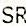
SR